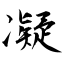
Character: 凝